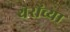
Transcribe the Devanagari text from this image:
थेरोंच्या